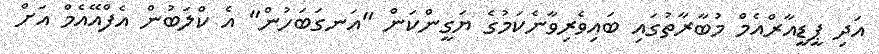
އަދި ޕީޑީއާރްއެމް މުބާރާތުގައި ބައިވެރިވާނެކަމުގެ ޔަގީންކަން "އަނގަބަހުން" އެ ކްލަބުން އެފްއޭއެމް އަށް